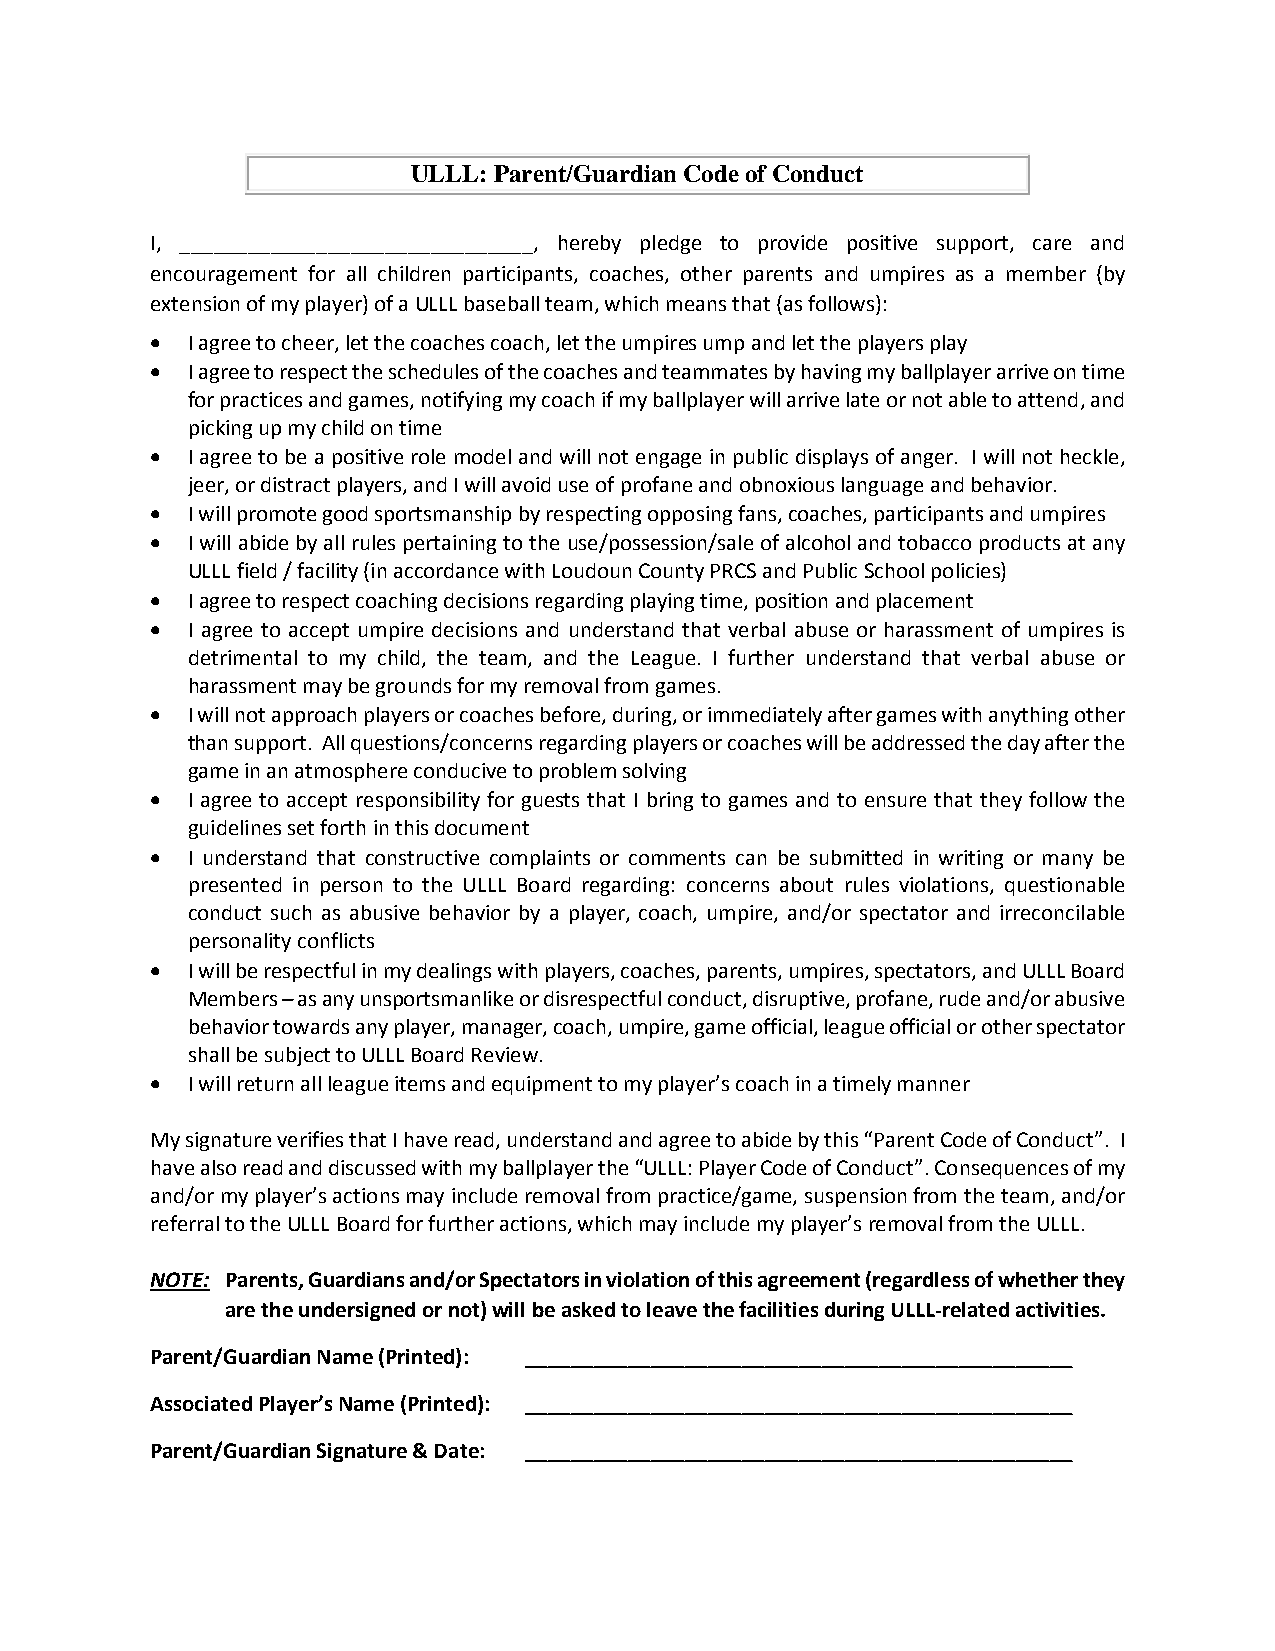
ULLL: Parent/Guardian Code of Conduct
 I, _______________________________, hereby pledge to provide positive support, care and
 encouragement for all children participants, coaches, other parents and umpires as a member (by
 extension of my player) of a ULLL baseball team, which means that (as follows):
 • I agree to cheer, let the coaches coach, let the umpires ump and let the players play
 • I agree to respect the schedules of the coaches and teammates by having my ballplayer arrive on time
 for practices and games, notifying my coach if my ballplayer will arrive late or not able to attend, and
 picking up my child on time
 • I agree to be a positive role model and will not engage in public displays of anger. I will not heckle,
 jeer, or distract players, and I will avoid use of profane and obnoxious language and behavior.
 • I will promote good sportsmanship by respecting opposing fans, coaches, participants and umpires
 • I will abide by all rules pertaining to the use/possession/sale of alcohol and tobacco products at any
 ULLL field / facility (in accordance with Loudoun County PRCS and Public School policies)
 • I agree to respect coaching decisions regarding playing time, position and placement
 • I agree to accept umpire decisions and understand that verbal abuse or harassment of umpires is
 detrimental to my child, the team, and the League. I further understand that verbal abuse or
 harassment may be grounds for my removal from games.
 • I will not approach players or coaches before, during, or immediately after games with anything other
 than support. All questions/concerns regarding players or coaches will be addressed the day after the
 game in an atmosphere conducive to problem solving
 • I agree to accept responsibility for guests that I bring to games and to ensure that they follow the
 guidelines set forth in this document
 • I understand that constructive complaints or comments can be submitted in writing or many be
 presented in person to the ULLL Board regarding: concerns about rules violations, questionable
 conduct such as abusive behavior by a player, coach, umpire, and/or spectator and irreconcilable
 personality conflicts
 • I will be respectful in my dealings with players, coaches, parents, umpires, spectators, and ULLL Board
 Members – as any unsportsmanlike or disrespectful conduct, disruptive, profane, rude and/or abusive
 behavior towards any player, manager, coach, umpire, game official, league official or other spectator
 shall be subject to ULLL Board Review.
 • I will return all league items and equipment to my player’s coach in a timely manner
 My signature verifies that I have read, understand and agree to abide by this “Parent Code of Conduct”. I
 have also read and discussed with my ballplayer the “ULLL: Player Code of Conduct”. Consequences of my
 and/or my player’s actions may include removal from practice/game, suspension from the team, and/or
 referral to the ULLL Board for further actions, which may include my player’s removal from the ULLL.
 NOTE: Parents, Guardians and/or Spectators in violation of this agreement (regardless of whether they
 are the undersigned or not) will be asked to leave the facilities during ULLL-related activities.
 Parent/Guardian Name (Printed): ________________________________________________
 Associated Player’s Name (Printed): ________________________________________________
 Parent/Guardian Signature & Date: ________________________________________________